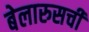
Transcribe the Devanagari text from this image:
बेलारुसची